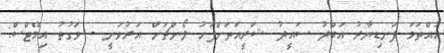
އުއްތަމަ ފަނޑިޔާރު އަބްދު ސައީދު ޝަރީއަތަށްފަހު ލޯންޗަށް އަރުވަނީ - ވަގުތު އިމޭޖްސް: